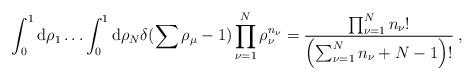
LaTeX: \begin{align*}\int_{0}^{1}{\rm d}\rho_{1}\ldots\int_{0}^{1}{\rm d}\rho_{N}\delta(\sum\rho_{\mu}-1)\prod_{\nu=1}^{N}\rho_{\nu}^{n_{\nu}}=\frac{\prod_{\nu=1}^{N}n_{\nu}!}{\left(\sum_{\nu=1}^{N}n_{\nu}+N-1\right)!}\:,\end{align*}